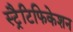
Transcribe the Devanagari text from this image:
स्ट्रैटिफिकेशन